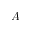
A